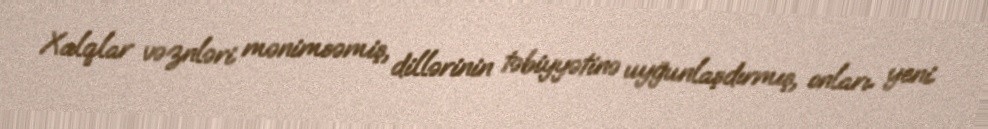
Xalqlar vəznləri mənimsəmiş, dillərinin təbiyyətinə uyğunlaşdırmış, onları yeni